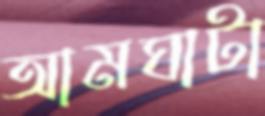
আমঘাটা